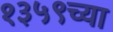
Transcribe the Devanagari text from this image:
१३५९च्या